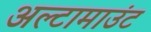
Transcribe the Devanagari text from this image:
अल्टामाउंट